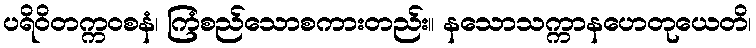
ပရိဝိတက္ကဝစနံ၊ ကြံစည်သောစကားတည်း။ နသောသက္ကာနဟေတုယေတိ၊